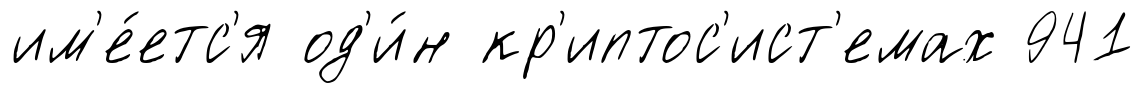
им'е́етс'я од'и́н кр'иптос'ист'емах 941